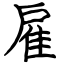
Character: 雇